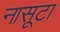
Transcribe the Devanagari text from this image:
नासूटा